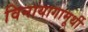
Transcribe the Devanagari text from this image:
विनायागामूर्थी